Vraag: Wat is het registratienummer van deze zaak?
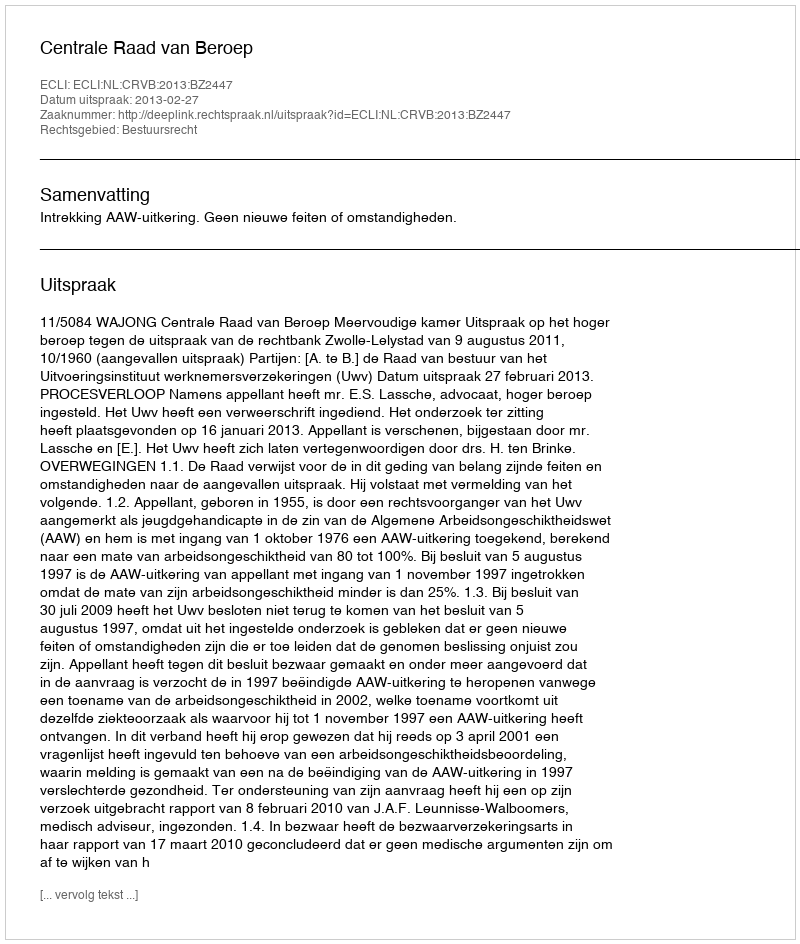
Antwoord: http://deeplink.rechtspraak.nl/uitspraak?id=ECLI:NL:CRVB:2013:BZ2447